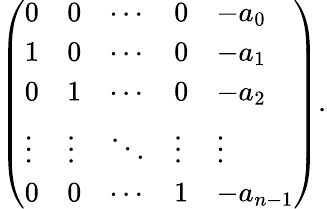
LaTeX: {\left(\begin{array}{lllll}{0}&{0}&{\cdots}&{0}&{-a_{0}}\\ {1}&{0}&{\cdots}&{0}&{-a_{1}}\\ {0}&{1}&{\cdots}&{0}&{-a_{2}}\\ {\vdots}&{\vdots}&{\ddots}&{\vdots}&{\vdots}\\ {0}&{0}&{\cdots}&{1}&{-a_{n-1}}\end{array}\right)}.